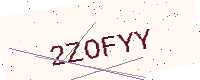
Text: 2ZOFYY